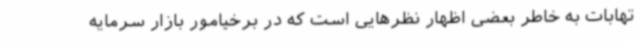
تهابات به خاطر بعضی اظهار نظرهایی است که در برخیامور بازار سرمایه